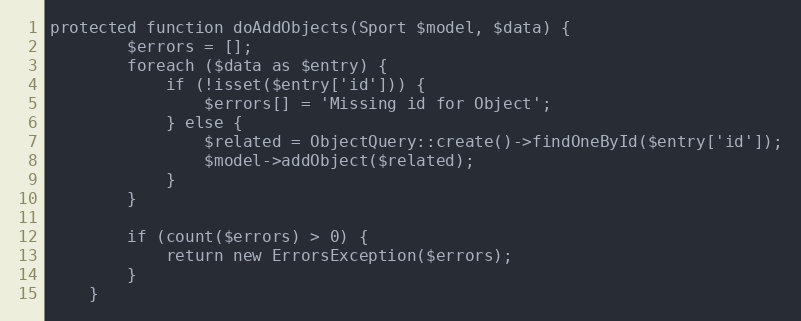
Language: PHP
protected function doAddObjects(Sport $model, $data) {
		$errors = [];
		foreach ($data as $entry) {
			if (!isset($entry['id'])) {
				$errors[] = 'Missing id for Object';
			} else {
				$related = ObjectQuery::create()->findOneById($entry['id']);
				$model->addObject($related);
			}
		}

		if (count($errors) > 0) {
			return new ErrorsException($errors);
		}
	}